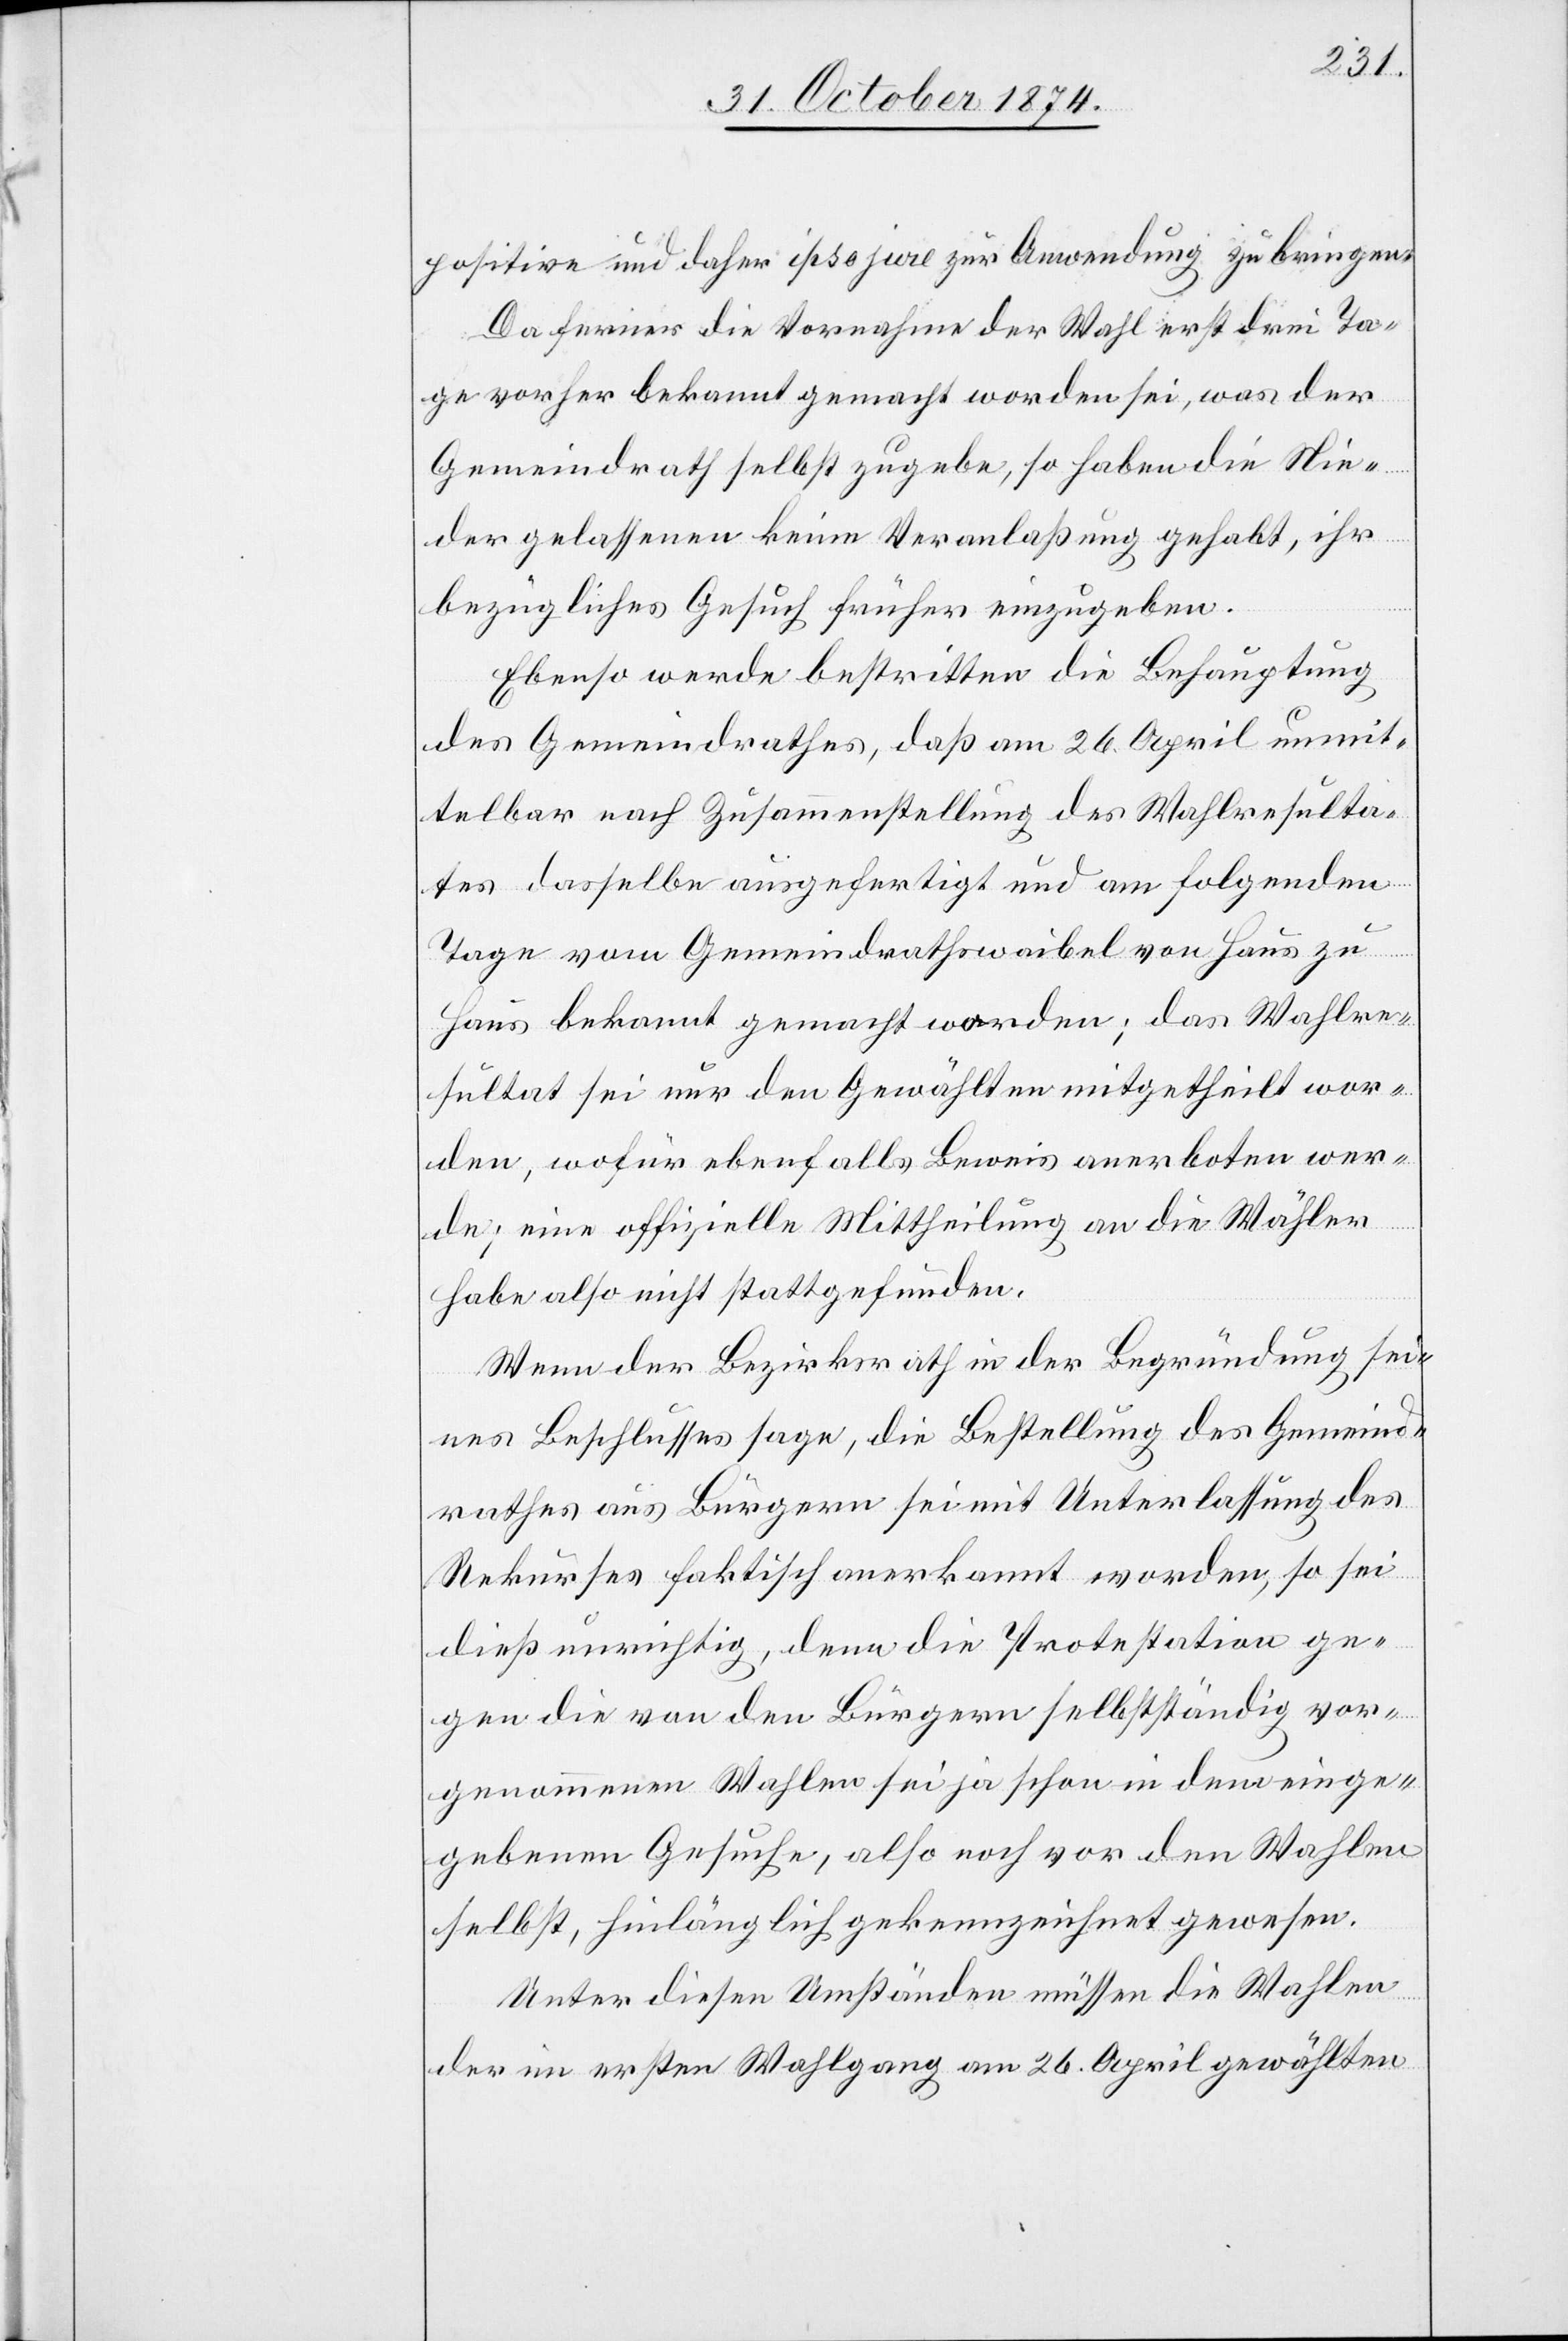
positive und daher ipso jure zur Anwendung zu bringen.
Da ferner die Vornahme der Wahl erst drei Ta¬
ge vorher bekannt gemacht worden sei, was der
Gemeindrath selbst zugebe, so haben die Nie¬
dergelassenen keine Veranlaßung gehabt, ihr
bezügliches Gesuch früher einzugeben.
Ebenso werde bestritten die Behauptung
des Gemeindrathes, daß am 26. April unmit¬
telbar nach Zusammenstellung des Wahlresulta¬
tes dasselbe ausgefertigt und am folgenden
Tage vom Gemeindrathswaibel von Haus zu
Haus bekannt gemacht worden; das Wahlre¬
sultat sei nur den Gewählten mitgetheilt wor¬
den, wofür ebenfalls Beweis anerboten wer¬
de; eine offizielle Mittheilung an die Wähler
habe also nicht stattgefunden.
Wenn der Bezirksrath in der Begründung sei¬
nes Beschlusses sage, die Bestellung des Gemeind¬
rathes aus Bürgern sei mit Unterlassung des
Rekurses faktisch anerkannt worden, so sei
dieß unrichtig, denn die Protestation ge¬
gen die von den Bürgern selbstständig vor¬
genommenen Wahlen sei ja schon in dem einge¬
gebenen Gesuche, also noch vor den Wahlen
selbst, hinlänglich gekennzeichnet gewesen.
Unter diesen Umständen müssen die Wahlen
der im ersten Wahlgang am 26. April gewählten